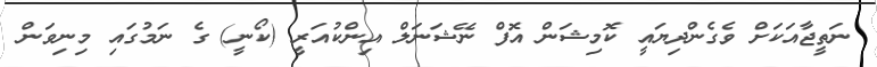
ނަތީޖާއަކަށް ވެގެންދިޔައީ ކޮމިޝަން އޮފް ނޭޝަނަލް އިންކުއަރީ (ކޯނީ) ގެ ނަމުގައި މިނިވަން